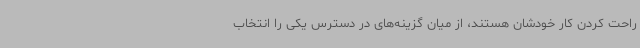
راحت کردن کار خودشان هستند، از میان گزینه‌های در دسترس یکی را انتخاب